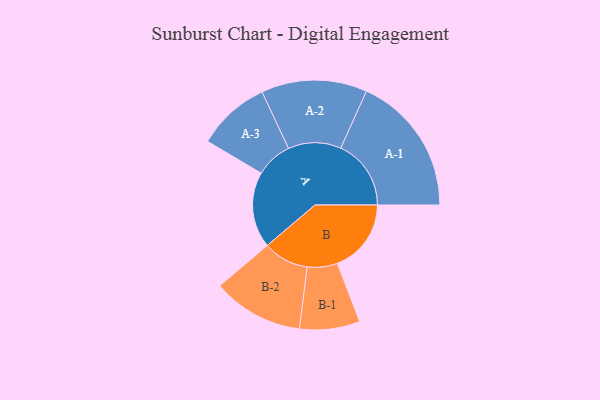
{"axis": {"x": "Segment", "y": "Value"}, "legend": ["", "A", "B"], "data": [{"x": "A", "y": 300, "type": ""}, {"x": "B", "y": 292, "type": ""}, {"x": "A-1", "y": 278, "type": "A"}, {"x": "A-2", "y": 209, "type": "A"}, {"x": "A-3", "y": 145, "type": "A"}, {"x": "B-1", "y": 119, "type": "B"}, {"x": "B-2", "y": 180, "type": "B"}]}